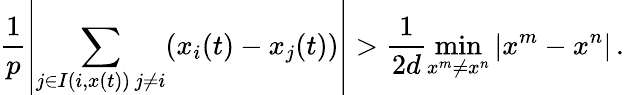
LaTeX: \frac{1}{p}\left|\sum_{\substack{j\in I(i,x(t))\, j\neq i}}(x_{i}(t)-x_{j}(t))\right|>\frac{1}{2d}\operatorname*{min}_{x^{m}\neq x^{n}}|x^{m}-x^{n}|\, .